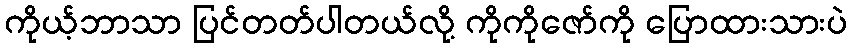
ကိုယ့်ဘာသာ ပြင်တတ်ပါတယ်လို့ ကိုကိုဇော်ကို ပြောထားသားပဲ